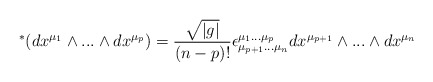
\begin{align*}\ ^*(dx^{\mu_1} \wedge ... \wedge dx^{\mu_p} ) =\frac{\sqrt{|g|}}{(n-p)!} \epsilon^{\mu_1...\mu_p}_{\mu_{p+1}...\mu_n} dx^{\mu_{p+1}}\wedge ... \wedge dx^{\mu_n}\end{align*}